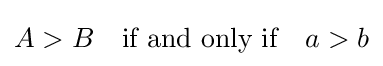
A>B\quad {\text{if and only if}}\quad a>b